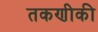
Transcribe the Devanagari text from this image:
तकणीकी